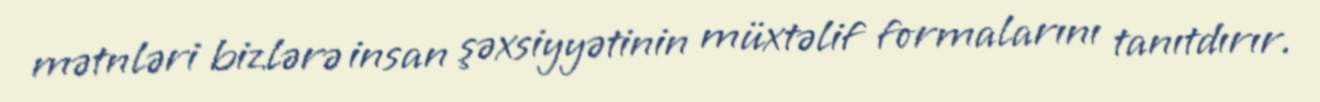
mətnləri bizlərə insan şəxsiyyətinin müxtəlif formalarını tanıtdırır.